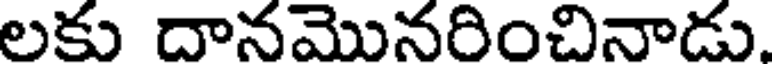
లకు దానమొనరించినాడు.